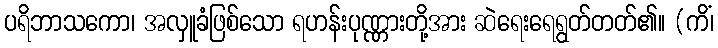
ပရိဘာသကော၊ အလှူခံဖြစ်သော ရဟန်းပုဏ္ဏားတို့အား ဆဲရေးရေရွတ်တတ်၏။ (ကိံ၊